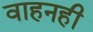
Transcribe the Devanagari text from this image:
वाहनही